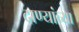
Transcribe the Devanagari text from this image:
दाण्यांच्या